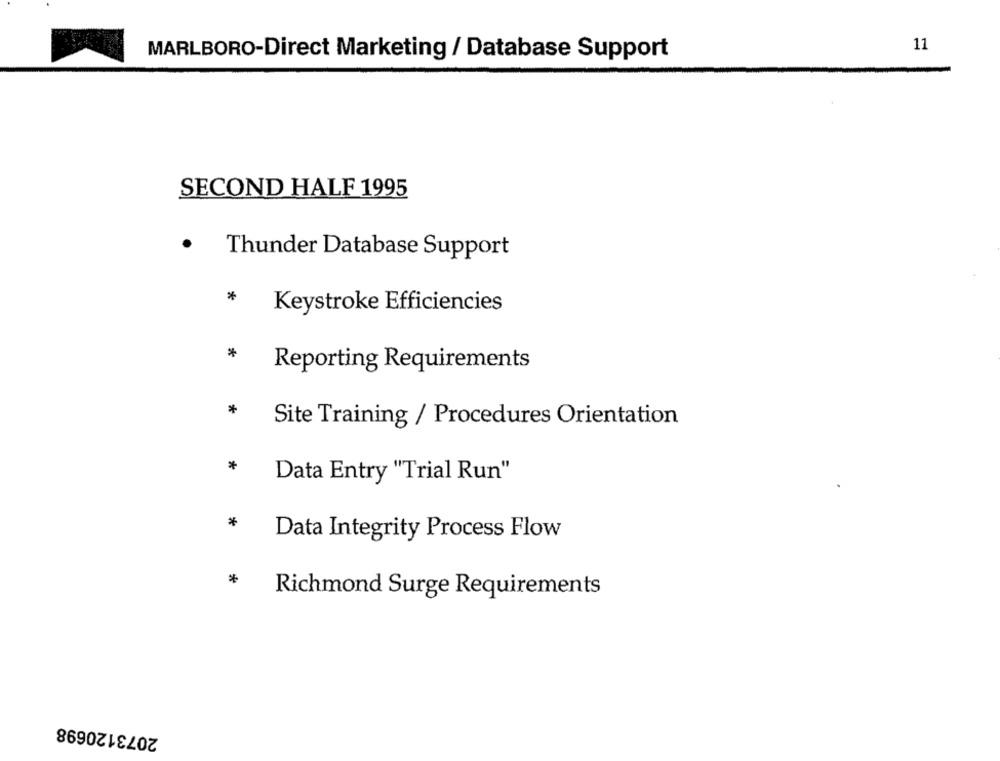
11
MARLBORO-Direct Marketing / Database Support
SECOND HALF 1995
.
Thunder Database Support
*
Keystroke Efficiencies
*
Reporting Requirements
*
Site Training / Procedures Orientation
Data Entry "Trial Run"
*
Data Integrity Process Flow
*
Richmond Surge Requirements
2073120698